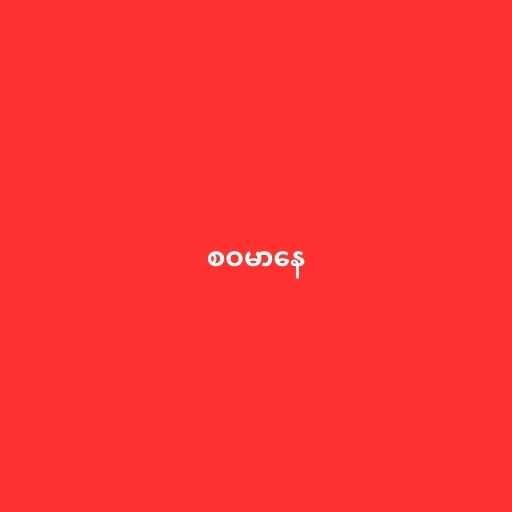
စဝမာနေ